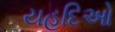
યહૂદિઓ